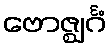
ဗောဇ္ဈင်္ဂံ